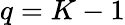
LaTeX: q=K-1